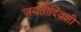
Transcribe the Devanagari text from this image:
जयंतीदिवशी